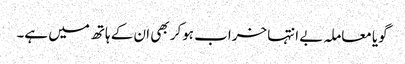
گویا معاملہ بے انتہا خراب ہوکر بھی ان کے ہاتھ میں ہے۔